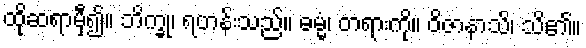
ထိုဆရာမှီ၍။ ဘိက္ခု၊ ရဟန်းသည်။ ဓမ္မံ၊ တရားကို။ ဝိဇာနာသိ၊ သိ၏။